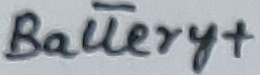
Text: Battery+